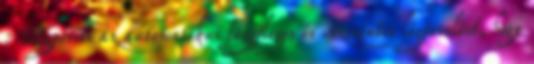
: Egyesíti az automatikus függőleges és vízszintes légterelést, hogy